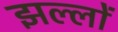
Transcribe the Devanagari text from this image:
झल्लों